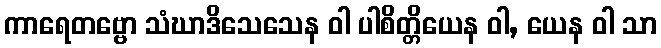
ကာရေတဗ္ဗော သံဃာဒိသေသေန ဝါ ပါစိတ္တိယေန ဝါ, ယေန ဝါ သာ